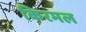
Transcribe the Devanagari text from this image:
किरमल